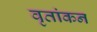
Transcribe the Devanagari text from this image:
वृतांकन